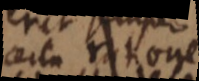
certa ratione